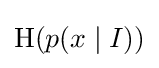
\mathrm {H} (p(x\mid I))